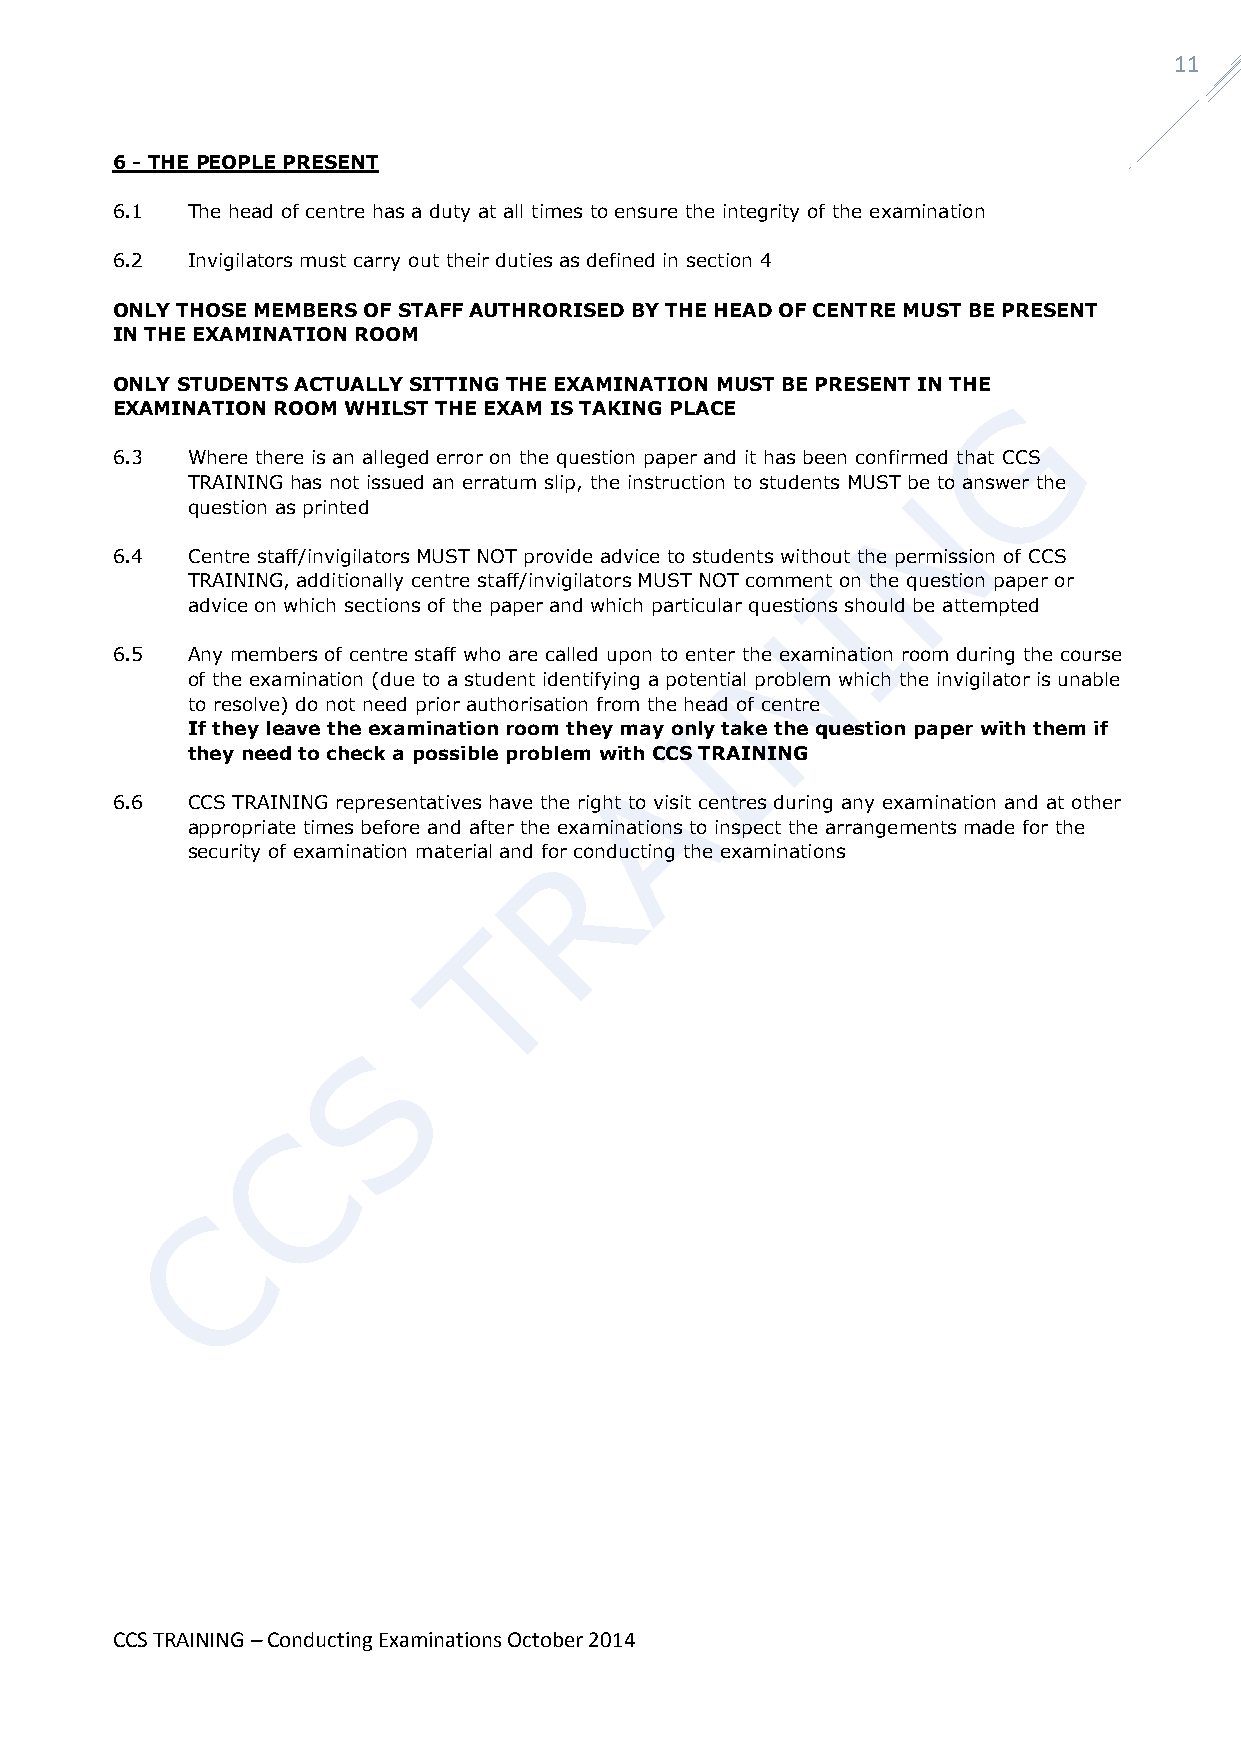
11
 6 - THE PEOPLE PRESENT
 6.1  The head of centre has a duty at all times to ensure the integrity of the examination
 6.2  Invigilators must carry out their duties as defined in section 4
 ONLY THOSE MEMBERS OF STAFF AUTHRORISED BY THE HEAD OF CENTRE MUST BE PRESENT
 IN THE EXAMINATION ROOM
 ONLY STUDENTS ACTUALLY SITTING THE EXAMINATION MUST BE PRESENT IN THE
 EXAMINATION ROOM WHILST THE EXAM IS TAKING PLACE
 6.3  Where there is an alleged error on the question paper and it has been confirmed that CCS
 TRAINING has not issued an erratum slip, the instruction to students MUST be to answer the
 question as printed
 6.4  Centre staff/invigilators MUST NOT provide advice to students without the permission of CCS
 TRAINING, additionally centre staff/invigilators MUST NOT comment on the question paper or
 advice on which sections of the paper and which particular questions should be attempted
 6.5  Any members of centre staff who are called upon to enter the examination room during the course
 of the examination (due to a student identifying a potential problem which the invigilator is unable
 to resolve) do not need prior authorisation from the head of centre
 If they leave the examination room they may only take the question paper with them if
 they need to check a possible problem with CCS TRAINING
 6.6  CCS TRAINING representatives have the right to visit centres during any examination and at other
 appropriate times before and after the examinations to inspect the arrangements made for the
 security of examination material and for conducting the examinations
 CCS TRAINING – Conducting Examinations October 2014